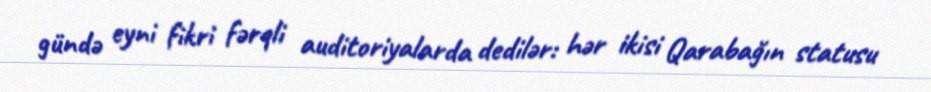
gündə eyni fikri fərqli auditoriyalarda dedilər: hər ikisi Qarabağın statusu